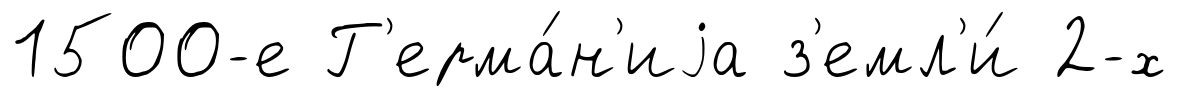
1500-е Г'ерма́н'иjа з'емл'и́ 2-х